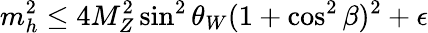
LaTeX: m_{h}^{2}\leq 4M_{Z}^{2}\sin^{2}\theta_{W}(1+\cos^{2}\beta)^{2}+\epsilon